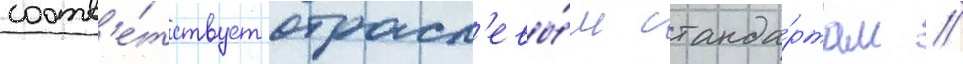
соотв'е́тствует отрасл'евы́м станда́ртам //